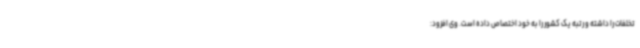
تخلفات را داشته و رتبه یک کشور را به خود اختصاص داده است. وی افزود: